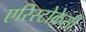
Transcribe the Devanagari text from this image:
एरिस्टोक्रेसी